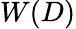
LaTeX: W(D)